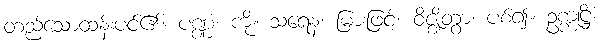
တည်သောထန်းပင်၏။ ပဏ္ဏံ၊ ကို။ သရေန၊ မြားဖြင့်။ ဝိဇ္ဈိတွာ၊ ပစ်၍။ ဥက္ကုဋ္ဌိံ၊